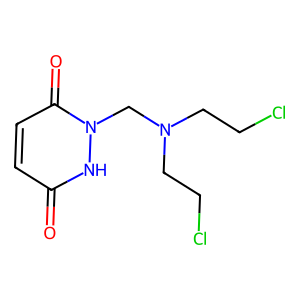
SMILES: O=c1ccc(=O)n(CN(CCCl)CCCl)[nH]1
Inhibits HIV replication: No